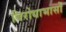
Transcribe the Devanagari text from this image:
बिरोधाभासों